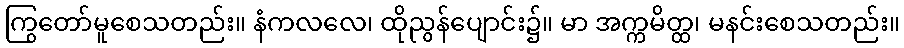
ကြွတော်မူစေသတည်း။ နံကလလေ၊ ထိုညွန်ပျောင်း၌။ မာ အက္ကမိတ္ထ၊ မနင်းစေသတည်း။